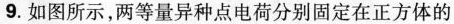
9.如图所示，两等量异种点电荷分别固定在正方体的